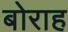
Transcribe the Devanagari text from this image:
बोराह